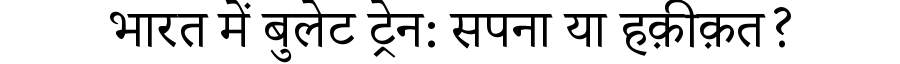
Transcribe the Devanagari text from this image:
भारत में बुलेट ट्रेन: सपना या हक़ीक़त?